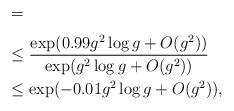
LaTeX: \begin{align*} &= \frac{}{} \\&\leq \frac{\exp(0.99g^2 \log g + O(g^2))}{\exp(g^2 \log g + O(g^2))} \\&\leq \exp(- 0.01 g^2 \log g + O(g^2)),\end{align*}